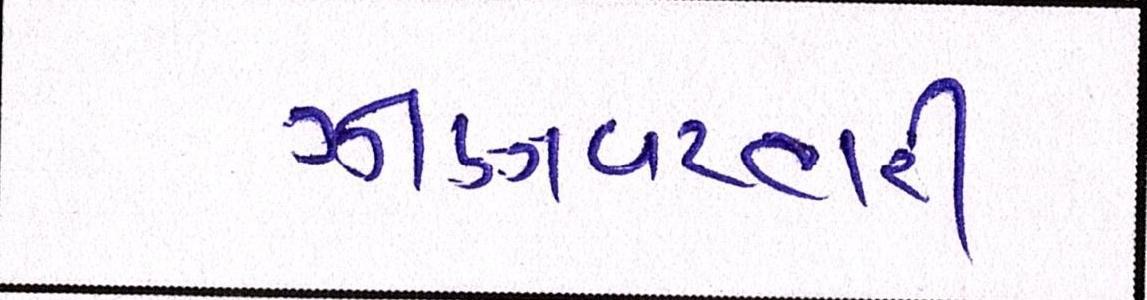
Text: ઝીણવટભરી